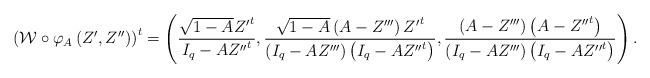
LaTeX: \begin{align*} \left( \mathcal{W} \circ \varphi_{A}\left(Z',Z''\right)\right)^{t}= \left(\frac{\sqrt{1-A}{Z'}^{t}}{I_{q}-A{Z''}^{t}}, \frac{\sqrt{1-A}\left(A-Z'''\right){Z'}^{t}}{\left(I_{q}-AZ'''\right)\left(I_{q}-A{Z''}^{t}\right)},\frac{ \left(A-Z'''\right)\left(A-{Z''}^{t}\right)}{\left(I_{q}-AZ'''\right)\left(I_{q}-A{Z''}^{t}\right)} \right). \end{align*}